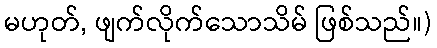
မဟုတ်, ဖျက်လိုက်သောသိမ် ဖြစ်သည်။)